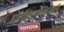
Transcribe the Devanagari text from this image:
द्वादशैवयुगानिकथितानि